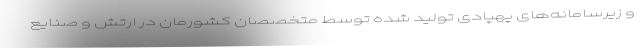
و زیرسامانه‌های پهپادی تولید شده توسط متخصصان کشورمان در ارتش و صنایع